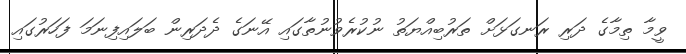
ވީމާ ތިމާގެ ދަރި ރަނގަޅަށް ތަރުބިއްޔަތު ނުކުރެވުނުތާގައި އޭނަގެ ދެދަރިން ބަލައިފިނަމަ ފަހަރުގައި